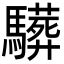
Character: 𩦦